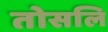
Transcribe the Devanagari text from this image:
तोसलि